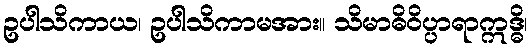
ဥပါသိကာယ၊ ဥပါသိကာမအား။ သိမာဓိဝိပ္ပာရာဣဒ္ဓိ၊